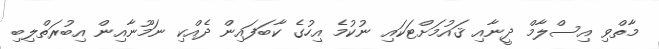
މާތްވި އިސްލާމް ދީނާއި ޤައުމަށްޓަކައި ނުކުމެ އިހުގެ ކާބަފައިން ދެއްކި ނަމޫނާއިން އިބުރަތްލިބި